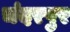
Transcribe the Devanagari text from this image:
चंदरपुर